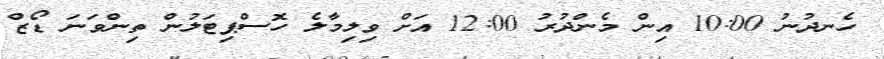
ހެނދުނު 10:00 އިން މެންދުރު 12:00 އަށް ވިލިމާލެ ހޮސްޕިޓަލުން ތިންވަނަ ޑޯޒް